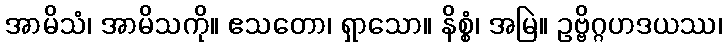
အာမိသံ၊ အာမိသကို။ ဧသတော၊ ရှာသော။ နိစ္စံ၊ အမြဲ။ ဥဗ္ဗိဂ္ဂဟဒယဿ၊